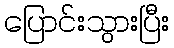
ပြောင်းသွားပြီး